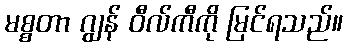
မစ္စတာ ဂျွန် ဝီလ်ကီကို မြင်ရသည်။